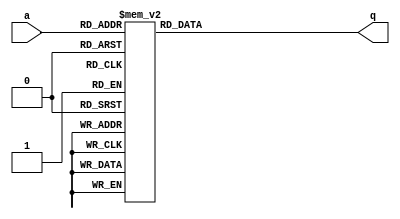
module top_module (
    input [2:0] a,
    output [15:0] q ); 
    
    always @(*) begin
    	case (a)
        	0: q = 16'h1232;
        	1: q = 16'haee0;
        	2: q = 16'h27d4;
        	3: q = 16'h5a0e;
        	4: q = 16'h2066;
        	5: q = 16'h64ce;
        	6: q = 16'hc526;
        	7: q = 16'h2f19;
        	default: q = 0;
    	endcase
    end

endmodule